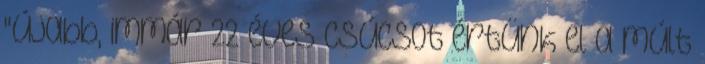
"újabb, immár 22 éves csúcsot értünk el a múlt